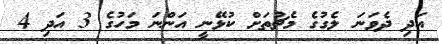
އަދި ދެވަނަ ލެގުގެ މެޗުތަށް ކުޅޭނީ އަންނަ މަހުގެ 3 އަދި 4